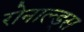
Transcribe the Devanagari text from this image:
रोनाल्ड्स